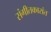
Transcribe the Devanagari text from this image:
संगीतकारांत